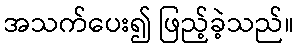
အသက်ပေး၍ ဖြည့်ခဲ့သည်။